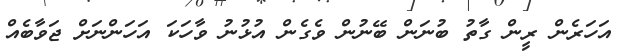
އަހަރެން ރީން ގާތު ބުނަން ބޭނުން ވެގެން އުޅުނު ވާހަކަ އަހަންނަށް ޖަވާބެއް